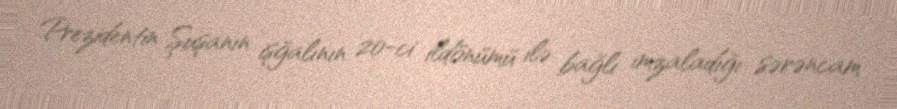
Prezidentin Şuşanın işğalının 20-ci ildönümü ilə bağlı imzaladığı sərəncam